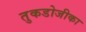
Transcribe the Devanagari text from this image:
तुकडोजीका